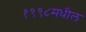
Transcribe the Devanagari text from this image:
१९९८मधील